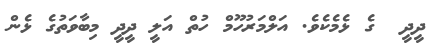
ދީދީ  ގެ ޅެމެކެވެ. އަލްމަރުހޫމް ހުތް އަލީ ދީދީ މިބާވަތުގެ ޅެން